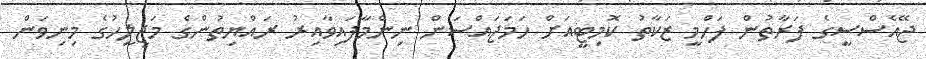
ޖޭއެސްސީގެ ފަރާތުން ފަހްމީ ޒަކާތު ކޮމިޓީއަށް ހަމަޖައްސަން ނިންމާފައިވާއިރު ރައްޔިތުންގެ މަޖިލީހުގެ މިނިވަން